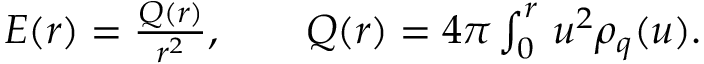
\begin{array} { r } { E ( r ) = \frac { Q ( r ) } { r ^ { 2 } } , \qquad Q ( r ) = 4 \pi \int _ { 0 } ^ { r } \d u \, u ^ { 2 } \rho _ { q } ( u ) . } \end{array}